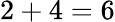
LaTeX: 2+4=6